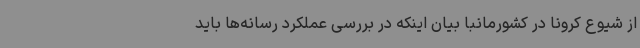
از شیوع کرونا در کشورمانبا بیان اینکه در بررسی عملکرد رسانه‌ها باید